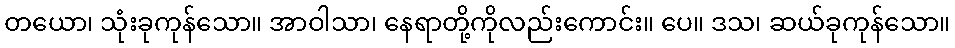
တယော၊ သုံးခုကုန်သော။ အာဝါသာ၊ နေရာတို့ကိုလည်းကောင်း။ ပေ။ ဒသ၊ ဆယ်ခုကုန်သော။